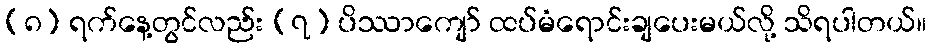
(၈) ရက်နေ့တွင်လည်း (၇) ပိဿာကျော် ထပ်မံရောင်းချပေးမယ်လို့ သိရပါတယ်။